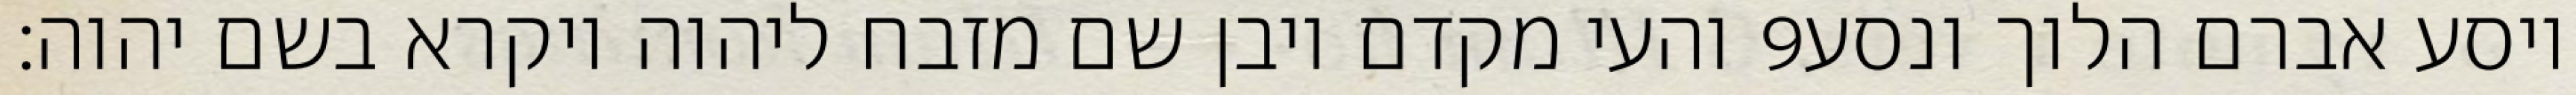
והעי מקדם ויבן שם מזבח ליהוה ויקרא בשם יהוה׃ ‎9‏ ויסע אברם הלוך ונסע